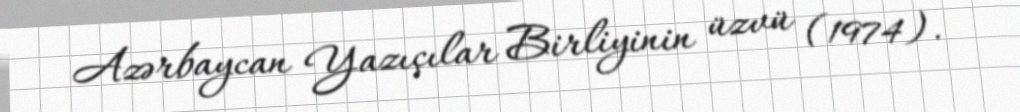
Azərbaycan Yazıçılar Birliyinin üzvü (1974).